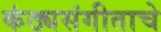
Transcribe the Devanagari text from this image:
कंठ्यसंगीताचे